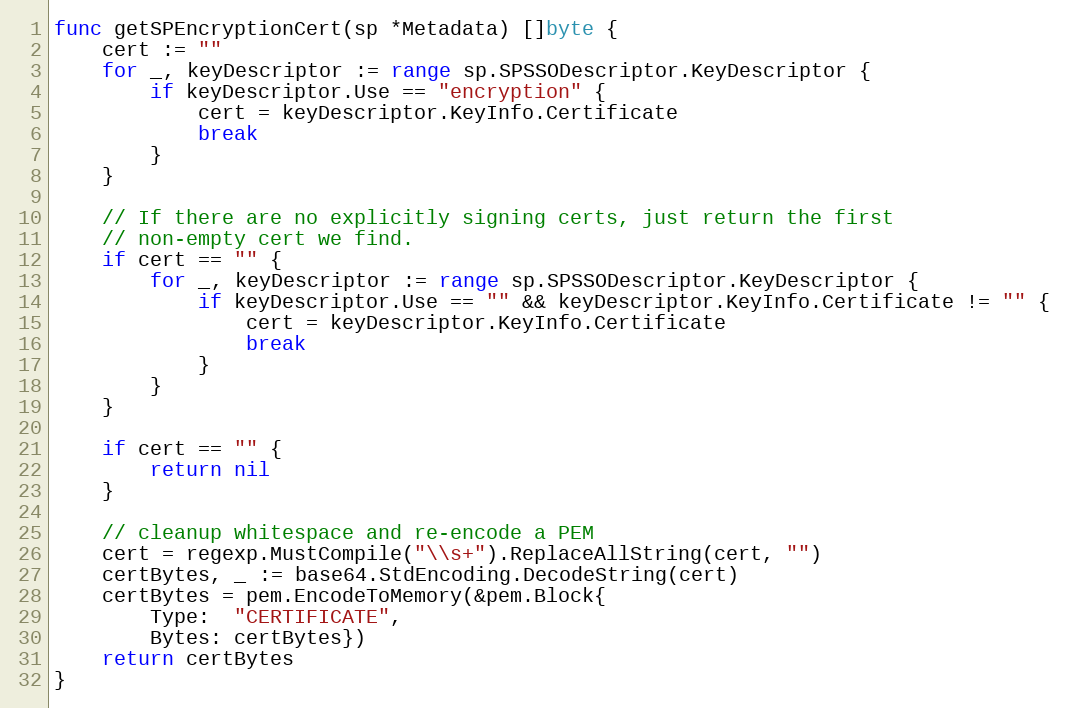
Language: Go
func getSPEncryptionCert(sp *Metadata) []byte {
	cert := ""
	for _, keyDescriptor := range sp.SPSSODescriptor.KeyDescriptor {
		if keyDescriptor.Use == "encryption" {
			cert = keyDescriptor.KeyInfo.Certificate
			break
		}
	}

	// If there are no explicitly signing certs, just return the first
	// non-empty cert we find.
	if cert == "" {
		for _, keyDescriptor := range sp.SPSSODescriptor.KeyDescriptor {
			if keyDescriptor.Use == "" && keyDescriptor.KeyInfo.Certificate != "" {
				cert = keyDescriptor.KeyInfo.Certificate
				break
			}
		}
	}

	if cert == "" {
		return nil
	}

	// cleanup whitespace and re-encode a PEM
	cert = regexp.MustCompile("\\s+").ReplaceAllString(cert, "")
	certBytes, _ := base64.StdEncoding.DecodeString(cert)
	certBytes = pem.EncodeToMemory(&pem.Block{
		Type:  "CERTIFICATE",
		Bytes: certBytes})
	return certBytes
}